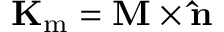
\mathbf { K } _ { \mathrm { m } } = \mathbf { M } \times \mathbf { \hat { n } }